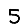
Digit: 5